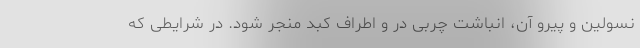
نسولین و پیرو آن، انباشت چربی در و اطراف کبد منجر شود. در شرایطی که